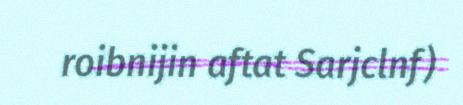
roibnijin aftat Sarjclnf)